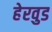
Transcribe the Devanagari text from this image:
हेरवुड